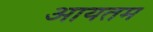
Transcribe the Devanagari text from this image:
आयतम